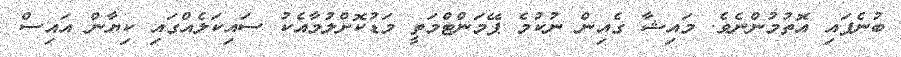
ބުނެފައި އޮތުމުންނެވެ. މައިޝާ ގެއިން ނުކުމެ ޕޭމަންޓްމަތީ މަޑުކޮށްލުމާއެކު ސައިކަލެއްގައި ކިޔާން އައިސް